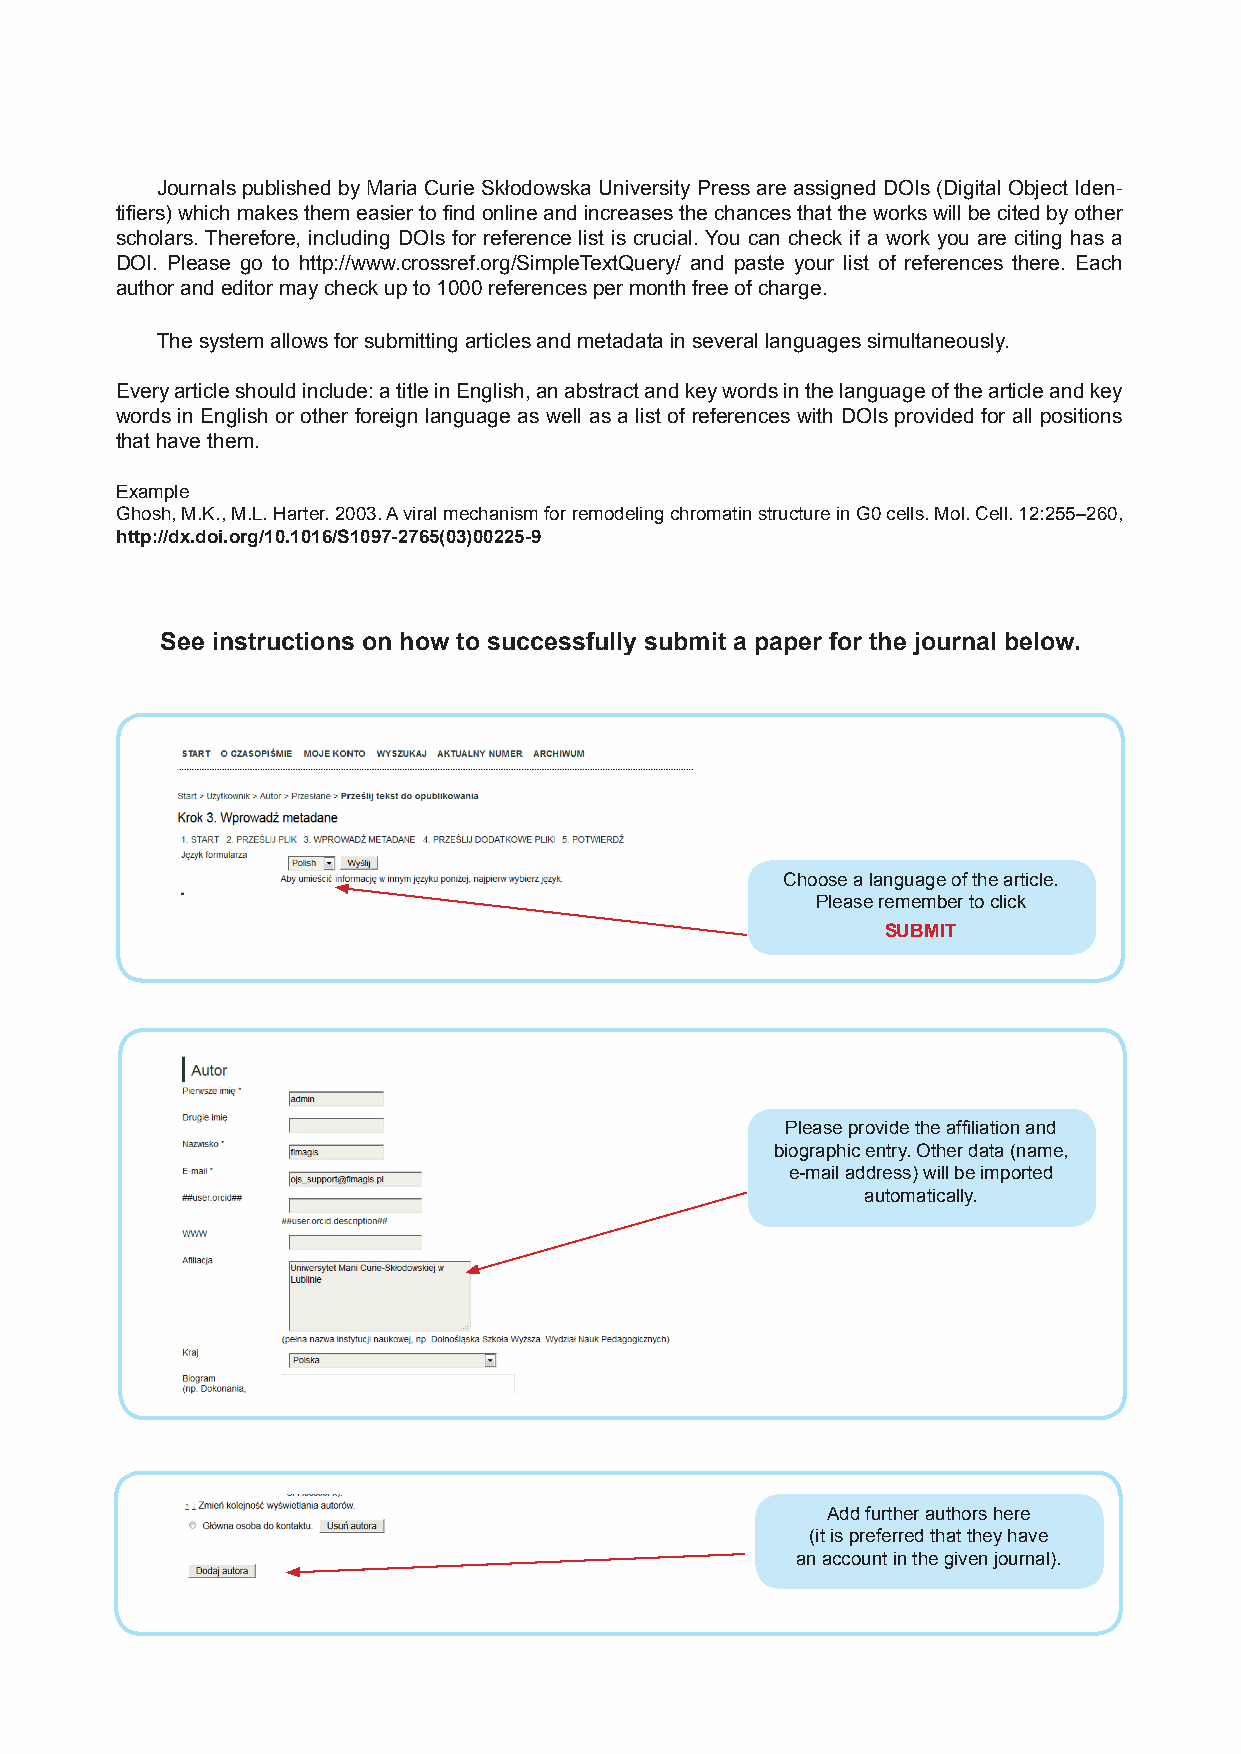
Journals published by Maria Curie Skłodowska University Press are assigned DOIs (Digital Object Iden-
 tifiers) which makes them easier to find online and increases the chances that the works will be cited by other
 scholars. Therefore, including DOIs for reference list is crucial. You can check if a work you are citing has a
 DOI. Please go to http://www.crossref.org/SimpleTextQuery/ and paste your list of references there. Each
 author and editor may check up to 1000 references per month free of charge.
 The system allows for submitting articles and metadata in several languages simultaneously.
 Every article should include: a title in English, an abstract and key words in the language of the article and key
 words in English or other foreign language as well as a list of references with DOIs provided for all positions
 that have them.
 Example
 Ghosh, M.K., M.L. Harter. 2003. A viral mechanism for remodeling chromatin structure in G0 cells. Mol. Cell. 12:255–260,
 http://dx.doi.org/10.1016/S1097-2765(03)00225-9
 See instructions on how to successfully submit a paper for the journal below.
 Choose a language of the article.
 Please remember to click
 SUBMIT
 Please provide the affiliation and
 biographic entry. Other data (name,
 e-mail address) will be imported
 automatically.
 Add further authors here
 (it is preferred that they have
 an account in the given journal).